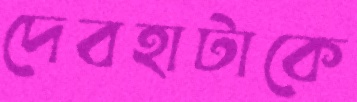
দেবহাটাকে